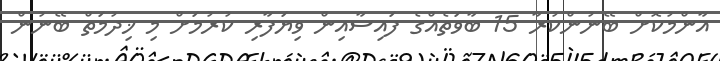
އާންމުކޮށް ބޭނުންކުރާ 15 ބާވަތެއްގެ ފައިސާއިން ވިޔަފާރި ކުރުމަށް މި ޚިދުމަތް ބޭނުން